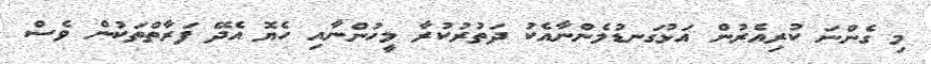
މި ގެންނަ ކުރިއެރުން އަޅުގަނޑުމެންނާއެކު ދަތުރުކުރާ މީހުންނާއި ހެޔޮ އެދޭ ފަރާތްތަކުން ވެސް